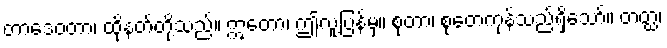
တာဒေဝတာ၊ ထိုနတ်တို့သည်။ ဣတော၊ ဤလူ့ပြန်မှ။ စုတာ၊ စုတေကုန်သည်ရှိသော်။ တတ္ထ၊